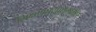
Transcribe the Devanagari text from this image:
शिक्षणप्रसारामधील